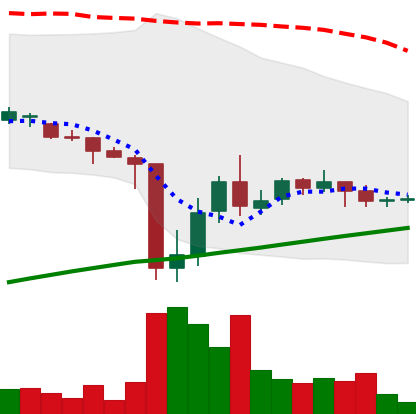
Ticker: DOGE-USD
Chart end date: 2021-07-03
Forward return: -15.752%
Label: down_7plus